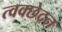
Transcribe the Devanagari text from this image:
त्वक्छेदन